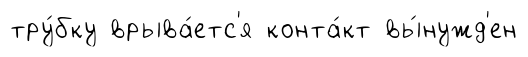
тру́бку врыва́етс'я конта́кт вы́нужд'ен